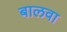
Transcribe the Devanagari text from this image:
बालवा